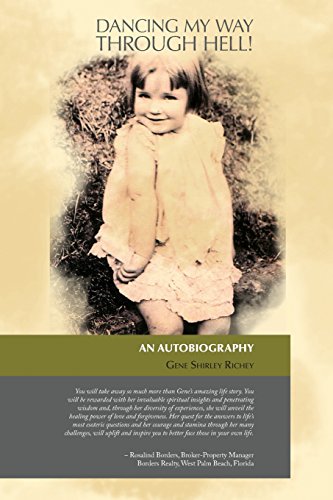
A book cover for Dancing My Way Through Hell!; Gene Shirley Richey; Christian Books & Bibles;